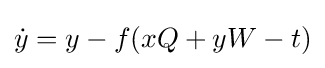
{\textstyle {\dot {y}}=y-f(xQ+yW-t)}